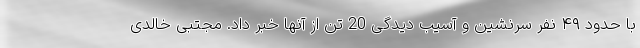
با حدود ۴٩ نفر سرنشین و آسیب دیدگی 20 تن از آنها خبر داد. مجتبی خالدی